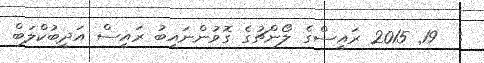
:  19